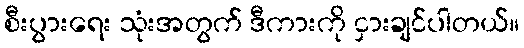
စီးပွားရေး သုံးအတွက် ဒီကားကို ငှားချင်ပါတယ်။